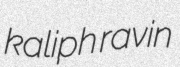
kaliph ravin